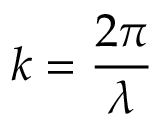
k = { \frac { 2 \pi } { \lambda } }